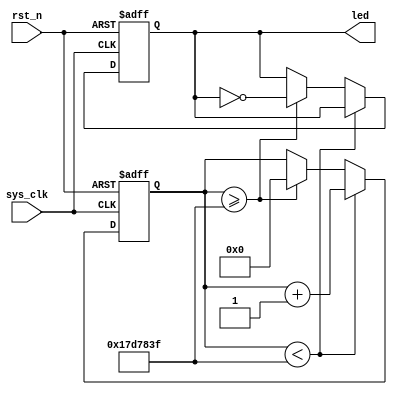
module led_and_cnt (input sys_clk,   // 50MHz, 20ns period
                    input rst_n,
                    output reg led);
    
    reg [24:0] cnt;  // led turns every 0.5s, 25, 000, 000 cycles, 25bits
    
    
    parameter CNT_MAX =  25'd25_000_000; // reduced from 25, 000, 000 to 25, just for test easily
    
    always @(posedge sys_clk or negedge rst_n) begin
        if (!rst_n) begin
            led <= 1'b1;
            cnt <= 25'd0;
        end
        else if (cnt < CNT_MAX - 1)
            cnt <= cnt + 1;
        else if (cnt >= CNT_MAX - 1) begin
            led <= ~led;
            cnt <= 25'd0;
        end
            
            end
            
            
            endmodule